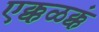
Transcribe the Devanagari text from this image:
एक्कळक्कं